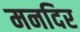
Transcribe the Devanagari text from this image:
मनदिर